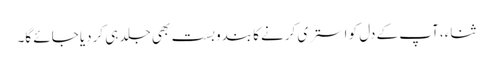
ثناء، آپ کے دل کو استری کرنے کا بندوبست بھی جلد ہی کردیا جائے گا۔